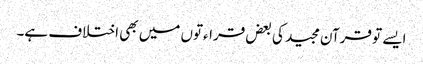
ایسے تو قرآن مجید کی بعض قراءتوں میں بھی اختلاف ہے۔